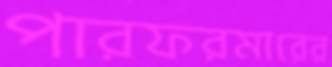
পারফরমারের